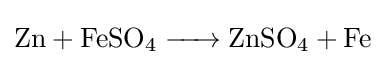
{\ce {Zn + FeSO4 -> ZnSO4 + Fe}}